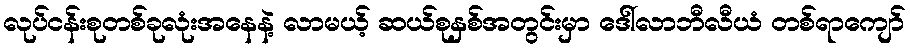
လုပ်ငန်းစုတစ်ခုလုံးအနေနဲ့ လာမယ့် ဆယ်စုနှစ်အတွင်းမှာ ဒေါ်လာဘီလီယံ တစ်ရာကျော်